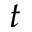
t